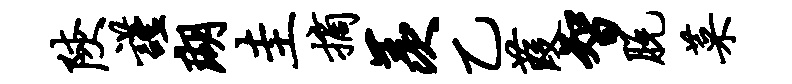
陕谨瑚圭摘羡乙葭智脱菜